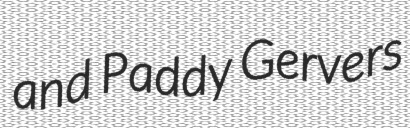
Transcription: and Paddy Gervers